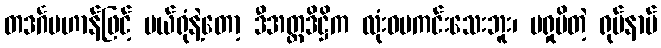
တဒင်္ဂပဟာန်ဖြင့် ပယ်ရုံနဲ့တော့ ဒီအတ္တဒိဋ္ဌိက လုံးဝမကင်းသေးဘူး၊ မရှုမိတဲ့ ရုပ်နာမ်